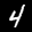
Label: 4